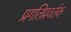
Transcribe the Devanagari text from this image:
प्रगतिप्रवर्तक